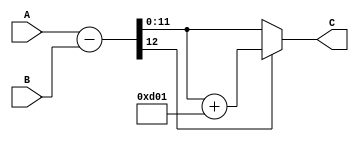

/*
The designers:

Ahmet Can Mert <ahmetcanmert@sabanciuniv.edu>
Ferhat Yaman <ferhatyaman@sabanciuniv.edu>

To the extent possible under law, the implementer has waived all copyright
and related or neighboring rights to the source code in this file.
http://creativecommons.org/publicdomain/zero/1.0/
*/

module modsub(input [11:0] A,B,
              output[11:0] C);

wire signed [12:0] R;
wire signed [12:0] Rq;

assign R = A - B;
assign Rq= R + 13'd3329;

assign C = (R[12] == 0) ? R[11:0] : Rq[11:0];

endmodule